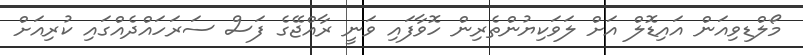
މޯލްޑިވިއަން އައިޑޮލް އަށް ލަވަކިޔުންތެރިން ހޮވާފައި ވަނީ ރާއްޖޭގެ ފަސް ސަރަހައްދެއްގައި ކުރިއަށް